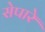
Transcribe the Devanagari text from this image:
सेपारे